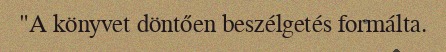
"A könyvet döntően beszélgetés formálta.